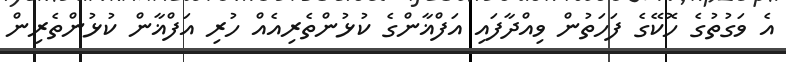
އެ ވަގުތުގެ ހޮކޭގެ ފަހަތުން ވިއްދާފައި އަފްޣާންގެ ކުޅުންތެރިއެއް ހުރި އަފްޣާން ކުޅުންތެރިން